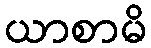
ယာစာမိ